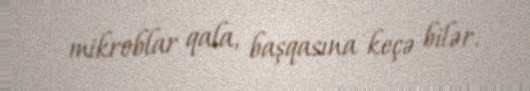
mikroblar qala, başqasına keçə bilər.